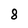
Character: 8